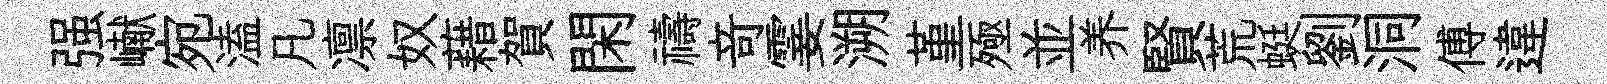
强𪩘宛溘凡凛奴藉賀閑禱竒霎溯堇殛並养賢荒蜓劉洞傅違